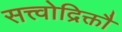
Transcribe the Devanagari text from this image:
सत्त्वोद्रिक्तौ